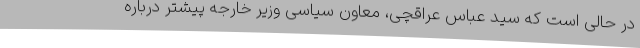
در حالی است که سید عباس عراقچی، معاون سیاسی وزیر خارجه پیشتر درباره